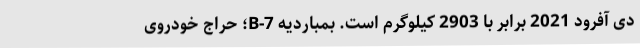
دی آفرود 2021 برابر با 2903 کیلوگرم است. بمباردیه B-7؛ حراج خودروی